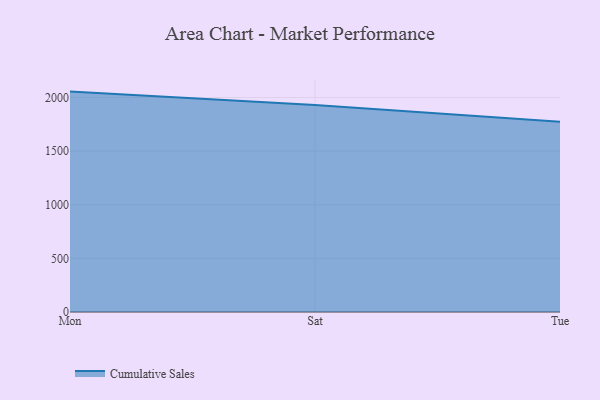
{"axis": {"x": "Day", "y": "Page Views"}, "legend": ["Cumulative Sales"], "data": [{"x": "Mon", "y": 2055.2, "type": "Cumulative Sales"}, {"x": "Sat", "y": 1929.7, "type": "Cumulative Sales"}, {"x": "Tue", "y": 1774.0, "type": "Cumulative Sales"}]}